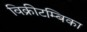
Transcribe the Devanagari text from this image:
विक्रीटम्बिका